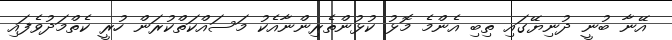
އޭނާ ބުނީ ދުނިޔޭގައި ތިބި އެންމެ މޮޅު ކުޅުންތެރިންނާއެކު މަސައްކަތްކުރަން ހުރީ ކެތްމަދުވެފައި